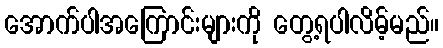
အောက်ပါအကြောင်းများကို တွေ့ရပါလိမ့်မည်။